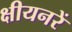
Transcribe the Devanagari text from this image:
क्षीयनरें